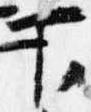
下